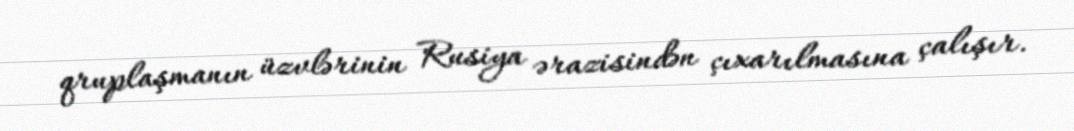
qruplaşmanın üzvlərinin Rusiya ərazisindən çıxarılmasına çalışır.